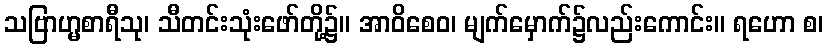
သဗြာဟ္မစာရီသု၊ သီတင်းသုံးဖော်တို့၌။ အာဝိစေဝ၊ မျက်မှောက်၌လည်းကောင်း။ ရဟော စ၊